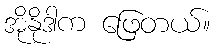
အိုနိုဒါက ဖြေတယ်။